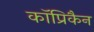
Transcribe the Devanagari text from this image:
कॉप्रिकैन